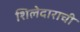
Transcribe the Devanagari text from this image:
शिलेदाराची